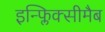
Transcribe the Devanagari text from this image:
इन्फ्लिक्सीमैब